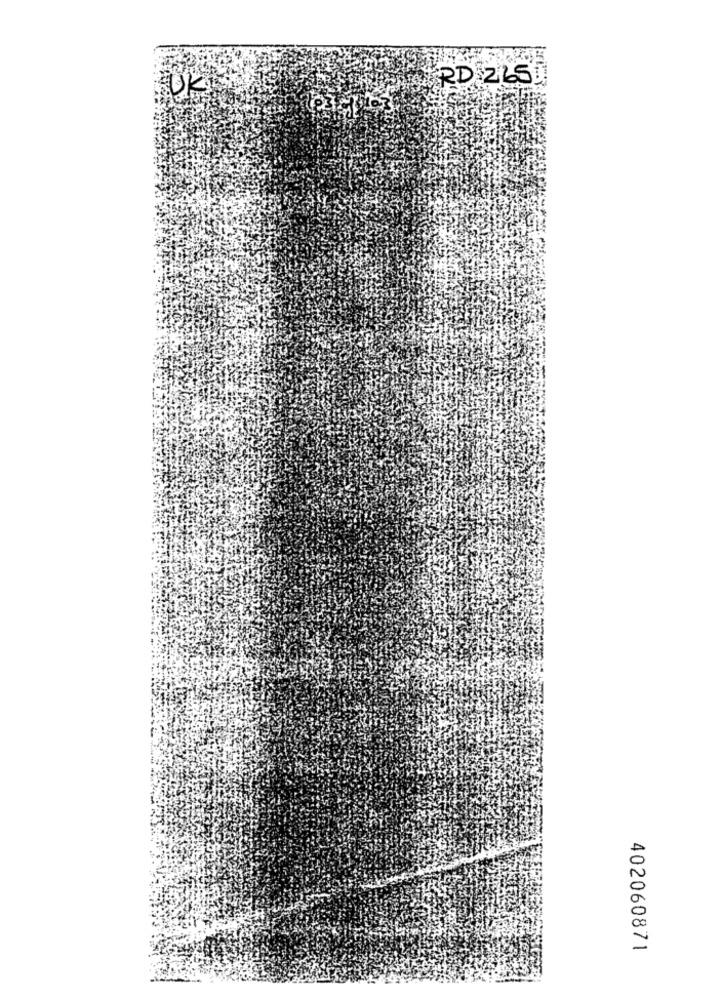
RD ZLS1
OK
402060871